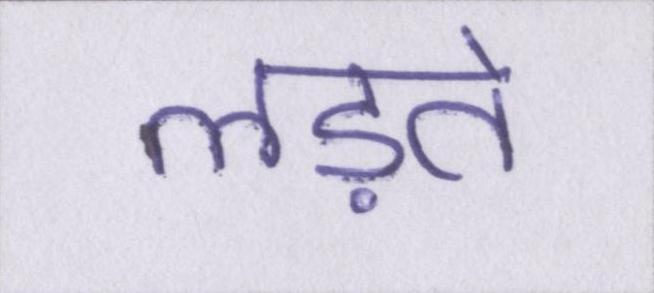
लड़ते